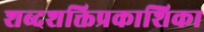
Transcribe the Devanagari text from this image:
शब्दशक्तिप्रकाशिका